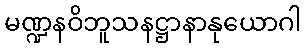
မဏ္ဍနဝိဘူသနဋ္ဌာနာနုယောဂါ